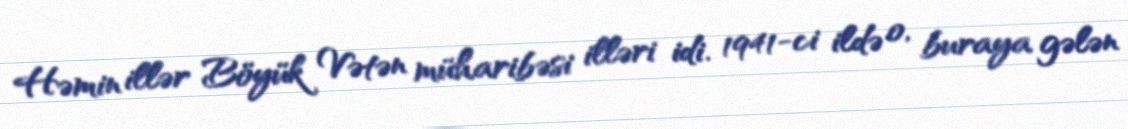
Həmin illər Böyük Vətən müharibəsi illəri idi. 1941-ci ildə o, buraya gələn